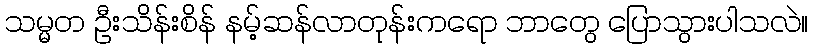
သမ္မတ ဦးသိန်းစိန် နမ့်ဆန်လာတုန်းကရော ဘာတွေ ပြောသွားပါသလဲ။